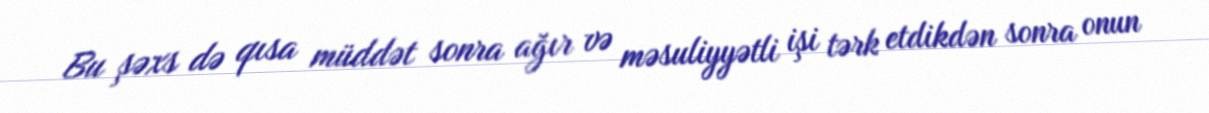
Bu şəxs də qısa müddət sonra ağır və məsuliyyətli işi tərk etdikdən sonra onun